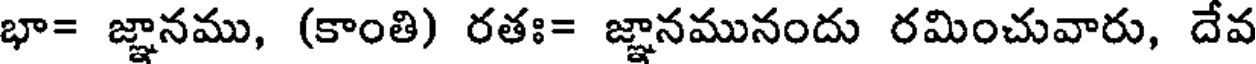
భా= జ్ఞానము, (కాంతి) రతః= జ్ఞానమునందు రమించువారు, దేవ